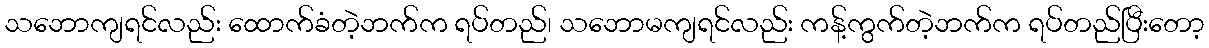
သဘောကျရင်လည်း ထောက်ခံတဲ့ဘက်က ရပ်တည်၊ သဘောမကျရင်လည်း ကန့်ကွက်တဲ့ဘက်က ရပ်တည်ပြီးတော့